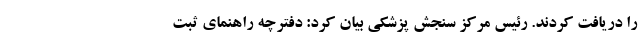
را دریافت کردند. رئیس مرکز سنجش پزشکی بیان کرد: دفترچه راهنمای ثبت